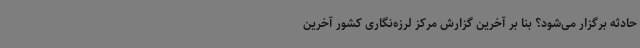
حادثه برگزار می‌شود؟ بنا بر آخرین گزارش مرکز لرزه‌نگاری کشور آخرین